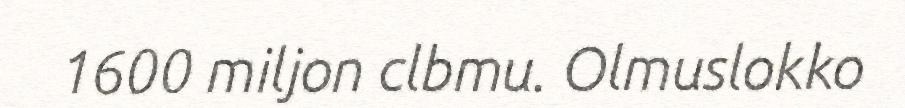
1600 miljon clbmu. Olmuslokko